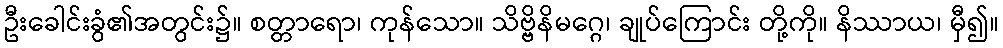
ဦးခေါင်းခွံ၏အတွင်း၌။ စတ္တာရော၊ ကုန်သော။ သိဗ္ဗိနိမဂ္ဂေ၊ ချုပ်ကြောင်း တို့ကို။ နိဿာယ၊ မှီ၍။